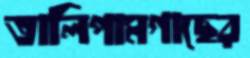
তালিপামগাছের